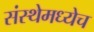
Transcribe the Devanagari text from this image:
संस्थेमध्येच